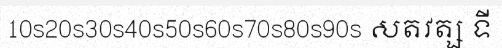
10s20s30s40s50s60s70s80s90s សតវត្ស ទី